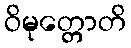
ဝိမုတ္တောတိ